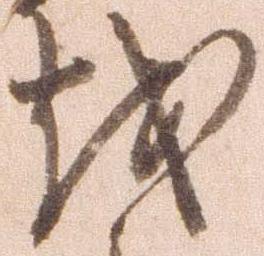
越